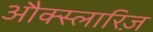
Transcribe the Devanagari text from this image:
औक्स्लारिज़